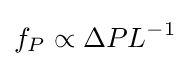
f_{P}\propto \Delta PL^{-1}